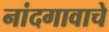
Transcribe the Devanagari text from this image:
नांदगावाचे